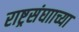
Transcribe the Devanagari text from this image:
राष्ट्रसंघााच्या